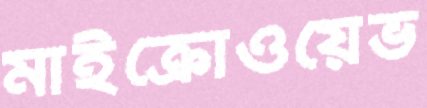
মাইক্রোওয়েভ